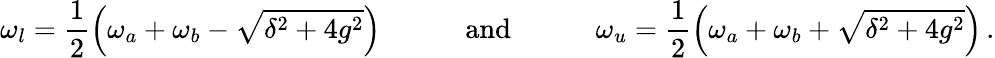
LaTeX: \omega_{l}=\frac{1}{2}\left(\omega_{a}+\omega_{b}-\sqrt{\delta^{2}+4g^{2}}\right)\quad\quad\quad\mathrm{and}\quad\quad\quad\omega_{u}=\frac{1}{2}\left(\omega_{a}+\omega_{b}+\sqrt{\delta^{2}+4g^{2}}\right)\, .